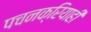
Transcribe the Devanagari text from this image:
पचनक्रियाही